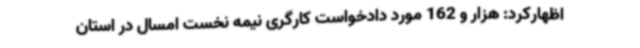
اظهارکرد: هزار و 162 مورد دادخواست کارگری نیمه نخست امسال در استان